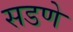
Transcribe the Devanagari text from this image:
सडणे